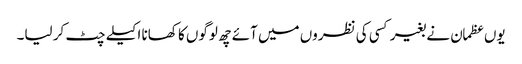
یوں عظمان نے بغیر کسی کی نظروں میں آئے چھ لوگوں کا کھانا اکیلے چٹ کر لیا۔